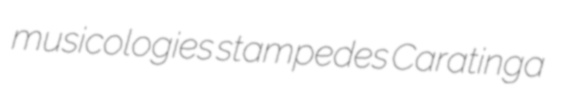
musicologies stampedes Caratinga